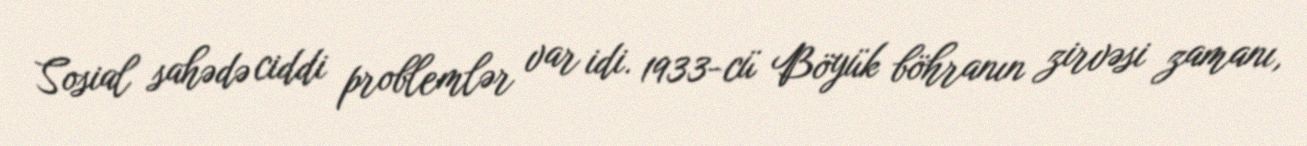
Sosial sahədə ciddi problemlər var idi. 1933-cü Böyük böhranın zirvəsi zamanı,